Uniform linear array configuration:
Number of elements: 12
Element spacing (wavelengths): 0.5
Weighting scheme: hann
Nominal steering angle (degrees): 45
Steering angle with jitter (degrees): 44.551
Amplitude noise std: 0.05
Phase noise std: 0.05

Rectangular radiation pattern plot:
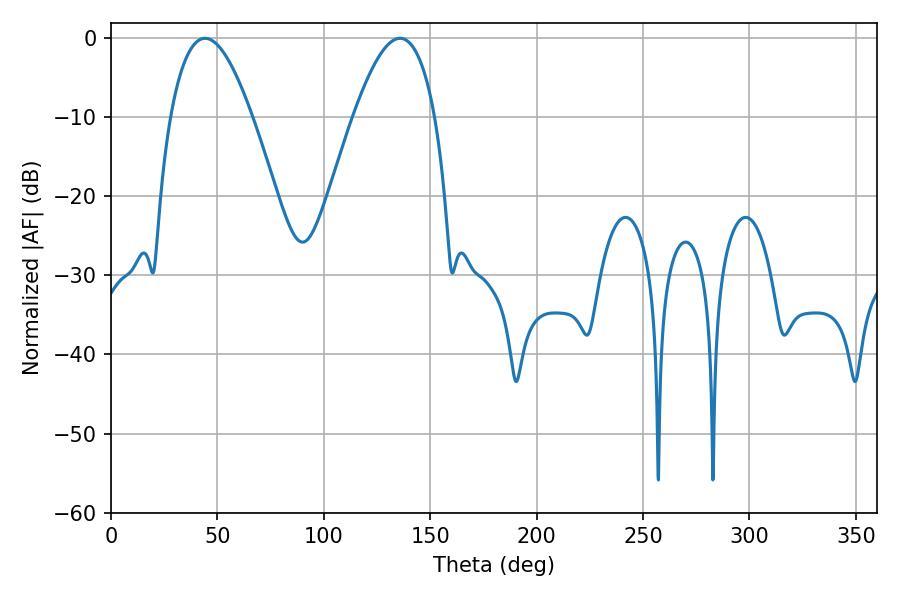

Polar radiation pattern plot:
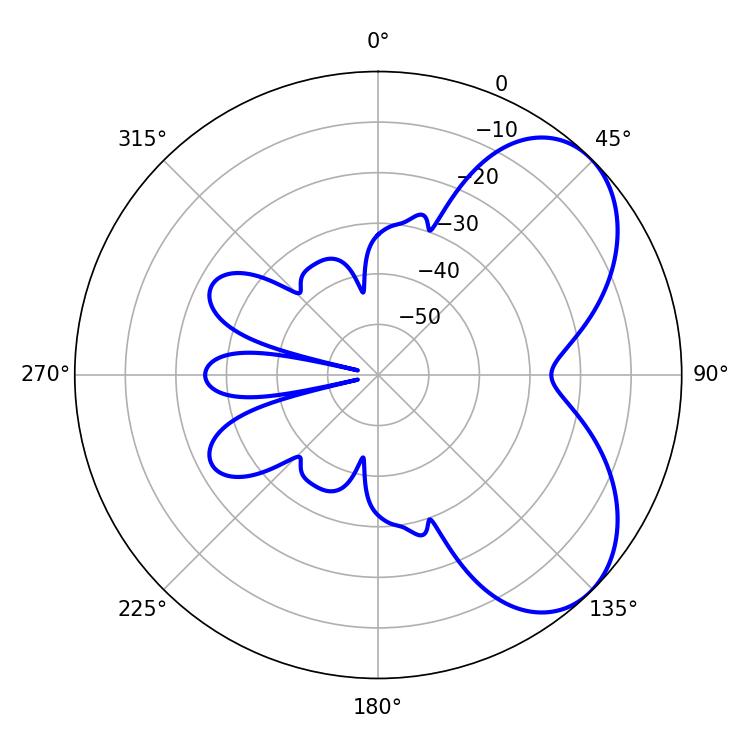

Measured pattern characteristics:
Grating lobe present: FALSE
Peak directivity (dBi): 5.538
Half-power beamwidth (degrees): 21.06
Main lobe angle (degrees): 44.28